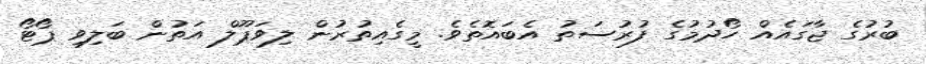
ބުރުގެ ޖާގައެއް ހޯދުމުގެ ފުރުސަތު އެބައޮތެވެ. މީގެއިތުރުން ލިވަޕޫލް އަތުން ބަލިވި ޕޯޓޯ